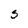
Character: S